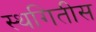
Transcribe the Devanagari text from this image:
स्थगितीस